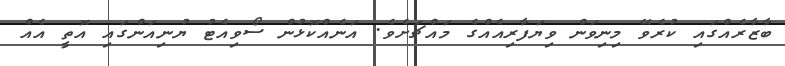
ބާޒާރެއްގައި ކުރެވޭ މިނިވަން ވިޔަފާރިއެއްގެ މައްޗަށެވެ. އަނެއްކޮޅުން ސޯވިއެޓު ޔުނިއަންގައި އޮތީ އެއް